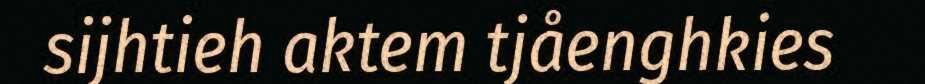
sijhtieh aktem tjåenghkies